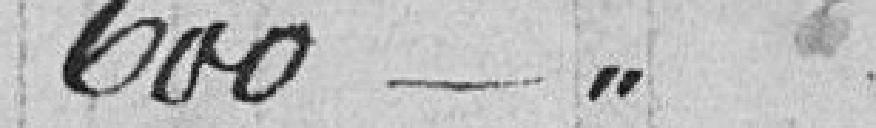
600